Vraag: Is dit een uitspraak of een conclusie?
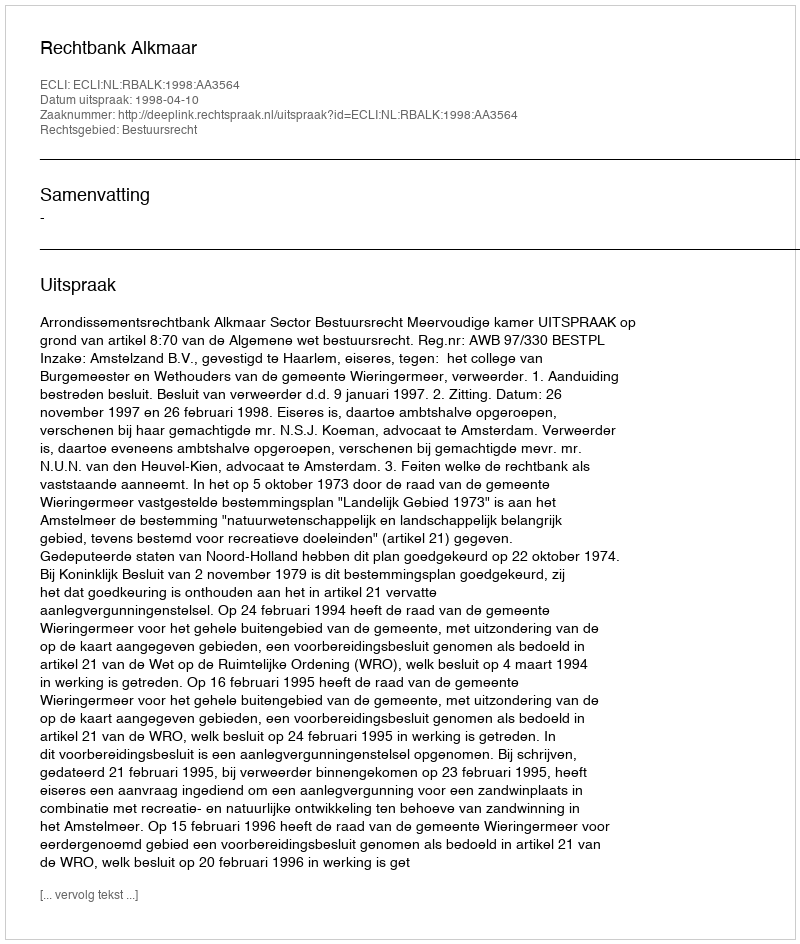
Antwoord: Uitspraak